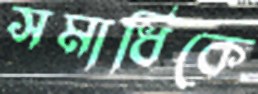
সমাধিকে